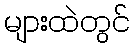
များထဲတွင်